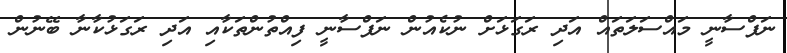
ނަފްސާނީ މައްސަލަތައް އަދި ރަގަޅަށް ނުކެއުން ނަފްސާނީ ފިއްތުންތަކާއި އަދި ރަގަޅުކާނާ ބޭނުން